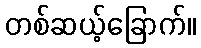
တစ်ဆယ့်ခြောက်။